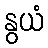
နွယံ